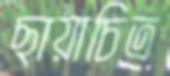
ছায়াচিত্র